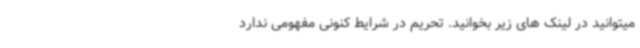
میتوانید در لینک های زیر بخوانید. تحریم در شرایط کنونی مفهومی ندارد